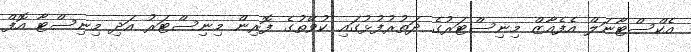
އެކްސްޓާނަލް އެފެއާޒް މިނިސްޓަރުގެ ދަތުރުފުޅުގައި ކުވޭތުގެ ފޮރިން މިނިސްޓަރު އަދި މިނިސްޓާ އޮފް